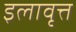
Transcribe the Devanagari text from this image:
इलावृत्त